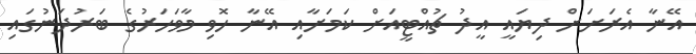
އޭނާ އެރަށަށް ދިޔައީ އީދު ޗުއްޓީއަށް ކަމަށާއި އޭނާ ހޮވި މާވަހަރުގެ ބަރުދަނުގައި